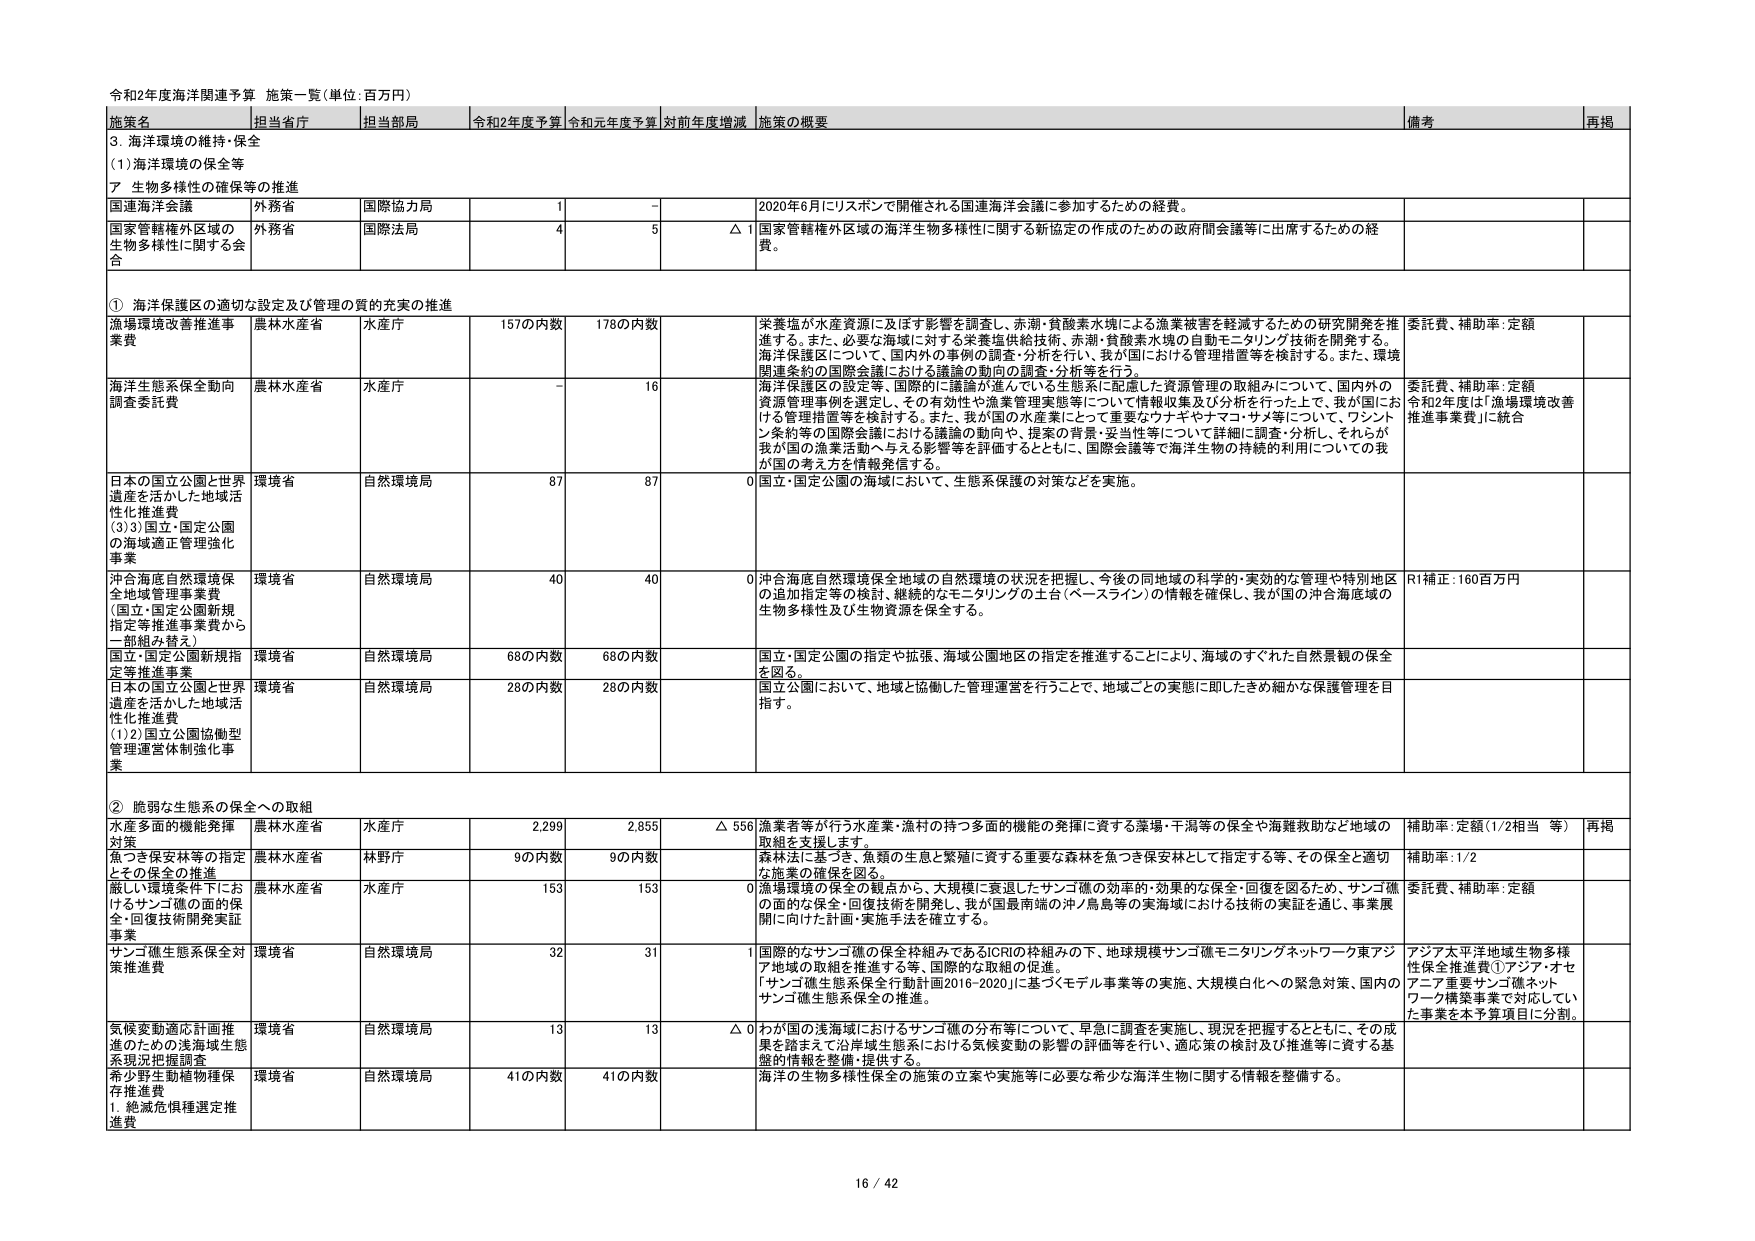
令和2年度海洋関連予算 施策一覧（単位：百万円）

施策名 担当省庁 担当部局 令和2年度予算 令和元年度予算 対前年度増減 施策の概要 備考 再掲

3. 海洋環境の維持・保全
(1) 海洋環境の保全等
7. 生物多様性の確保等の推進

国連海洋会議 外務省 国際協力局 1 - 2020年6月にリスボンで開催される国連海洋会議に参加するための経費。

国家管轄権外区域の生物多様性に関する会合 外務省 国際法局 4 5 △1 国家管轄権外区域の海洋生物多様性に関する新協定の作成のための政府間会議等に出席するための経費。

① 海洋保護区の適切な設定及び管理の質の充実の推進

漁場環境改善推進事業費 農林水産省 水産庁 157の内数 178の内数 米養塩が水産資源に及ぼす影響を調査し、赤潮・貧酸素水塊による漁業被害を軽減するための研究開発を推進する。また、必要な海域に対する米養塩供給技術、赤潮・貧酸素水塊の自動モニタリング技術を開発する。海洋保護区について、国内外の事例の調査・分析を行い、我が国における管理措置等を検討する。また、環境関連条約の国際会議における議論の動向の調査・分析等を行う。 委託費、補助率：定額

海洋生態系保全動向調査委託費 農林水産省 水産庁 - 16 海洋保護区の設定等、国際的に議論が進んでいる生態系に配慮した資源管理の取組みについて、国内外の資源管理事例を選定し、その有効性や漁業管理実態等について情報収集及び分析を行った上で、我が国における管理措置等を検討する。また、我が国の水産業にとって重要なウナギやナマコ・サメ等について、ワシントン条約等の国際会議における議論の動向や、提案の背景・妥当性等について詳細に調査・分析し、それらが我が国の漁業活動へ与える影響等を評価するとともに、国際会議等で海洋生物の持続的利用についての我が国の考え方を情報発信する。 委託費、補助率：定額 令和2年度は「漁場環境改善推進事業費」に統合

日本の国立公園と世界遺産を活かした地域活性化推進費 (3)3)国立・国定公園の海域適正管理強化事業 環境省 自然環境局 87 87 0 国立・国定公園の海域において、生態系保護の対策などを実施。

沖合海底自然環境保全地域管理事業費 (国立・国定公園新規指定等推進事業費から一部組み替え) 環境省 自然環境局 40 40 0 沖合海底自然環境保全地域の自然環境の状況を把握し、今後の同地域の科学的・実効的な管理や特別地区の追加指定等の検討、継続的なモニタリングの土台（ベースライン）の情報を確保し、我が国の沖合海底域の生物多様性及び生物資源を保全する。 R1補正：160百万円

国立・国定公園新規指定等推進事業 環境省 自然環境局 68の内数 68の内数 国立・国定公園の指定や拡張、海域公園地区の指定を推進することにより、海域のすぐれた自然景観の保全を図る。

日本の国立公園と世界遺産を活かした地域活性化推進費 (1)2)国立公園協働型管理運営体制強化事業 環境省 自然環境局 28の内数 28の内数 国立公園において、地域と協働した管理運営を行うことで、地域ごとの実態に即したきめ細かな保護管理を目指す。

② 脆弱な生態系の保全への取組

水産多面的機能発揮対策 農林水産省 水産庁 2,299 2,855 △556 漁業者等が行う水産業・漁村の持つ多面的機能の発揮に資する藻場・干潟等の保全や海難救助など地域の取組を支援します。 補助率：定額（1/2相当等） 再掲

魚つき保安林等の指定とその保全の推進 農林水産省 林野庁 90の内数 90の内数 森林法に基づき、魚類の生息と繁殖に資する重要な森林を魚つき保安林として指定する等、その保全と適切な施業の確保を図る。 補助率：1/2

厳しい環境条件下におけるサンゴ礁の面的保全・回復技術開発実証事業 農林水産省 水産庁 153 153 0 漁場環境の保全の観点から、大規模に衰退したサンゴ礁の効率的・効果的な保全・回復を図るため、サンゴ礁の面的な保全・回復技術を開発し、我が国最南端の沖ノ鳥島等の実海域における技術の実証を通じ、事業展開に向けた計画・実施手法を確立する。 委託費、補助率：定額

サンゴ礁生態系保全対策推進費 環境省 自然環境局 32 31 1 国際的なサンゴ礁の保全枠組みであるICRIの枠組みの下、地球規模サンゴ礁モニタリングネットワーク東アジア地域の取組を推進する等、国際的な取組の促進。 「サンゴ礁生態系保全行動計画2016-2020」に基づくモデル事業等の実施、大規模白化への緊急対策、国内のサンゴ礁生態系保全の推進。 アジア太平洋地域生物多様性保全推進費①アジア・オセアニア重要サンゴ礁ネットワーク構築事業で対応していた事業を本予算項目に分割。

気候変動適応計画推進のための浅海域生態系現況把握調査 環境省 自然環境局 13 13 △0 わが国の浅海域におけるサンゴ礁の分布等について、早急に調査を実施し、現況を把握するとともに、その成果を踏まえて沿岸域生態系における気候変動の影響の評価等を行い、適応策の検討及び推進等に資する基盤的情報を整備・提供する。

希少野生動植物種保存推進費 1. 絶滅危惧種選定推進費 環境省 自然環境局 41の内数 41の内数 海洋の生物多様性保全の施策の立案や実施等に必要な希少な海洋生物に関する情報を整備する。

16 / 42